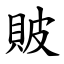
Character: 貱